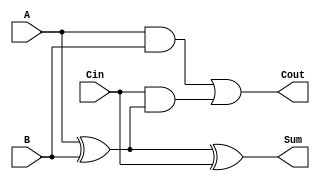
module FullAdder (
    input wire A,     // First input bit
    input wire B,     // Second input bit
    input wire Cin,   // Carry-in bit
    output wire Sum,  // Sum output
    output wire Cout  // Carry-out output
);

// Intermediate signals
wire A_xor_B;

// Compute the sum using XOR gates
assign A_xor_B = A ^ B; // A XOR B
assign Sum = A_xor_B ^ Cin; // (A XOR B) XOR Cin

// Compute the carry-out using AND and OR gates
assign Cout = (A & B) | (Cin & A_xor_B); // (A AND B) OR (Cin AND (A XOR B))

endmodule